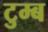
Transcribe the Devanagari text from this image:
टुम्ब